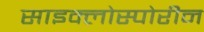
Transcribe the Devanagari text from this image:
साइक्लोस्पोरीन